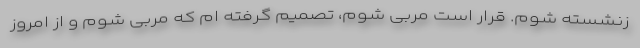
زنشسته شوم. قرار است مربی شوم، تصمیم گرفته ام که مربی شوم و از امروز